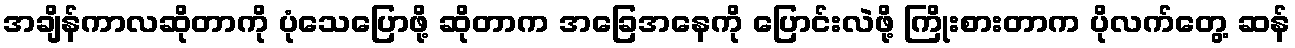
အချိန်ကာလဆိုတာကို ပုံသေပြောဖို့ ဆိုတာက အခြေအနေကို ပြောင်းလဲဖို့ ကြိုးစားတာက ပိုလက်တွေ့ ဆန်